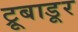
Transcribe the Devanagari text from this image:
ट्रूबाडूर